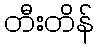
တီးတိန်